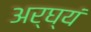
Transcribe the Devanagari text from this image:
अर्घ्यं